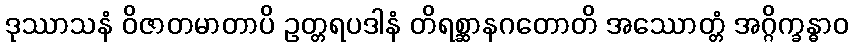
ဒုဿာသနံ ဝိဇာတမာတာပိ ဥတ္တရပဒါနံ တိရစ္ဆာနဂတောတိ အဿောတ္တံ အဂ္ဂိက္ခန္ဓာဝ